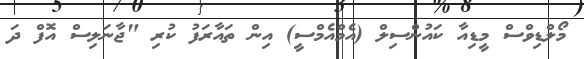
މޯލްޑިވްސް މީޑިއާ ކައުންސިލް (އެމްއެމްސީ) އިން ތައާރަފު ކުރި "ޖާނަލިސް އޮފް ދަ